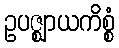
ဥပဇ္ဈာယကိစ္စံ